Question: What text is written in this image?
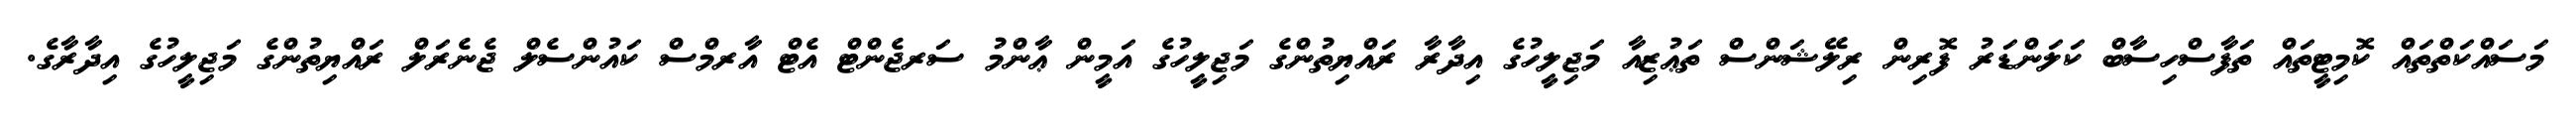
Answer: މަސައްކަތްތައް ކޮމިޓީތައް ތަފާސްހިސާބް ކަލަންޑަރު ފޮރިން ރިލޭޝަންސް ތަޢުޒިއާ މަޖިލީހުގެ އިދާރާ ރައްޔިތުންގެ މަޖިލީހުގެ އަމީން ޢާންމު ސަރޖެންޓް އެޓް އާރމްސް ކައުންސެލް ޖެނެރަލް ރައްޔިތުންގެ މަޖިލީހުގެ އިދާރާގެ.